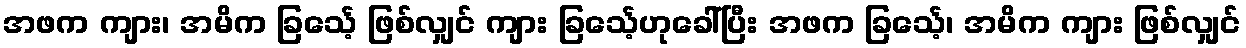
အဖက ကျား၊ အမိက ခြင်္သေ့ ဖြစ်လျှင် ကျား ခြင်္သေ့ဟုခေါ်ပြီး အဖက ခြင်္သေ့၊ အမိက ကျား ဖြစ်လျှင်